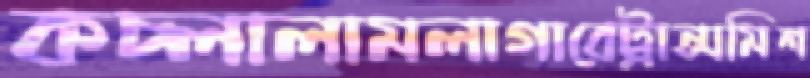
কচ্‌লালামলাগাবেট্রান্সমিশ